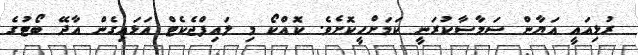
ރުޅިއައީ އަޔާން ސަމާސާކުރަނީ ކަމަށްހީކޮށެވެ. ކޮއްކޯ މި ލައިފްޖެކެޓް އަޅައިގެން އާދޭ ބޯޓުގެ